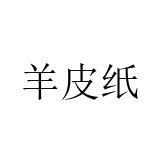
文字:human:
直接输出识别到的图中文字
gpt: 羊皮纸